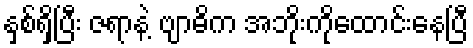
နှစ်ရှိပြီး ဇရာနဲ့ ဗျာဓိက အဘိုးကိုထောင်းနေပြီ